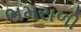
ભમરાળી